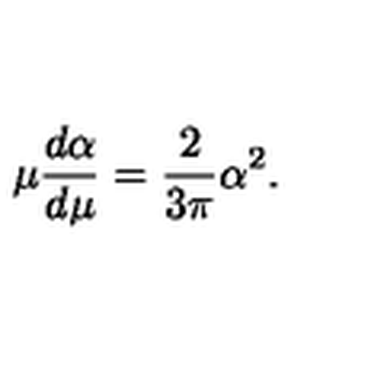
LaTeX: \mu \frac { d \alpha } { d \mu } = \frac { 2 } { 3 \pi } \alpha ^ { 2 } .